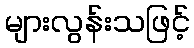
များလွန်းသဖြင့်